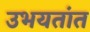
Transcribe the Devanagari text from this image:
उभयतांत